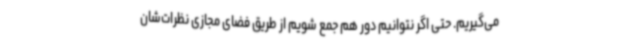
می‌گیریم. حتی اگر نتوانیم دور هم جمع شویم از طریق فضای مجازی نظرات‌شان